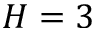
H = 3